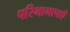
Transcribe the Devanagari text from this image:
परिभाभाषाएँ